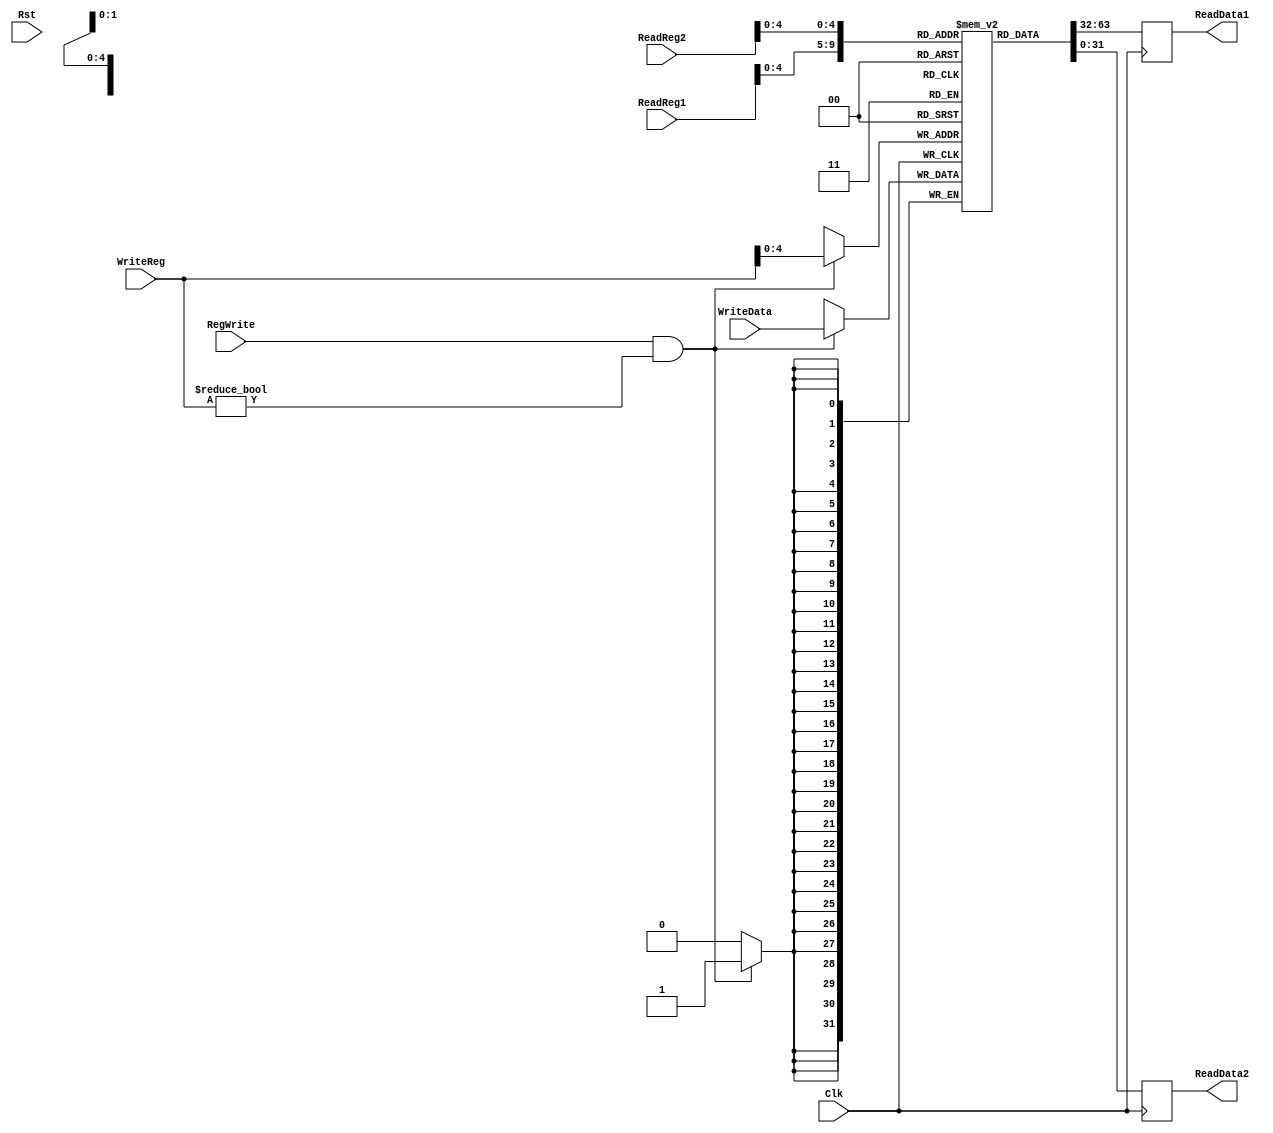
`timescale 1ns / 1ps

////////////////////////////////////////////////////////////////////////////////
// ECE369 - Computer Architecture
// 
//
//
// Student(s) Name and Last Name: FILL IN YOUR INFO HERE!
//
//
// Module - register_file.v
// Description - Implements a register file with 32 32-Bit wide registers.
//
// 
// INPUTS:-
// ReadRegister1: 5-Bit address to select a register to be read through 32-Bit 
//                output port 'ReadRegister1'.
// ReadRegister2: 5-Bit address to select a register to be read through 32-Bit 
//                output port 'ReadRegister2'.
// WriteRegister: 5-Bit address to select a register to be written through 32-Bit
//                input port 'WriteRegister'.
// WriteData: 32-Bit write input port.
// RegWrite: 1-Bit control input signal.
//
// OUTPUTS:-
// ReadData1: 32-Bit registered output. 
// ReadData2: 32-Bit registered output. 
//
// FUNCTIONALITY:-
// 'ReadRegister1' and 'ReadRegister2' are two 5-bit addresses to read two 
// registers simultaneously. The two 32-bit data sets are available on ports 
// 'ReadData1' and 'ReadData2', respectively. 'ReadData1' and 'ReadData2' are 
// registered outputs (output of register file is written into these registers 
// at the falling edge of the clock). You can view it as if outputs of registers
// specified by ReadRegister1 and ReadRegister2 are written into output 
// registers ReadData1 and ReadData2 at the falling edge of the clock. 
//
// 'RegWrite' signal is high during the rising edge of the clock if the input 
// data is to be written into the register file. The contents of the register 
// specified by address 'WriteRegister' in the register file are modified at the 
// rising edge of the clock if 'RegWrite' signal is high. The D-flip flops in 
// the register file are positive-edge (rising-edge) triggered. (You have to use 
// this information to generate the write-clock properly.) 
//
// NOTE:-
// We will design the register file such that the contents of registers do not 
// change for a pre-specified time before the falling edge of the clock arrives 
// to allow for data multiplexing and setup time.
////////////////////////////////////////////////////////////////////////////////

module RegisterFile(ReadReg1, ReadReg2, WriteReg, WriteData, RegWrite, Clk, Rst, ReadData1, ReadData2);

	
	input[31:0] ReadReg1, ReadReg2;
	output reg [31:0] ReadData1,ReadData2;
	input [31:0] WriteReg;
	input [31:0] WriteData;
	input Clk, Rst, RegWrite; 
	reg [31:0] Register [0:31];
	integer i;
	
	// reset register content
//	always@(Rst)begin
//        if(Rst == 1) begin
//            ReadData1 <= 0;
//            ReadData2 <= 0;
//            for(i = 0; i < 32; i = i + 1)begin
//                Register[i] <= 32'h00038B83;
//            end
//        end
//	end
	
	initial begin
	  
	   for(i = 0; i < 32; i = i + 1)begin
	         if (i==0) begin
	           Register[0] <= 0;
	         end
//	         else if (i== 31) begin
//               Register[i] <= 32'd1188;
//             end
	         
            else begin//Register[i] <= 32'h0;
                Register[i] <= 32'd0;
            end
        end
	end
	
	
	// reads content of register address ReadReg1 & ReadReg2 at negative edge Clk
	always@(negedge Clk) begin 
       ReadData1 <= Register[ReadReg1];
       ReadData2 <= Register[ReadReg2];
    end
       
    // writes data to register address ReadReg1 & ReadReg2 at positive edge Clk
    always@(posedge Clk) begin// switched from RegWrite, WriteData cuz of syn warnings
       if(RegWrite == 1 && WriteReg != 0)begin
//           if(WriteReg == 32'd31)begin
//                Register[WriteReg] <= 32'h8000018;
//           end
//           end
//           else begin
                Register[WriteReg] <= WriteData;
//           end
       end
    end

endmodule